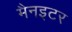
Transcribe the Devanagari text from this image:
मैनइटर